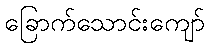
ခြောက်သောင်းကျော်